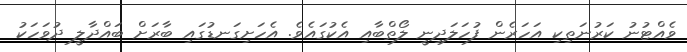
ވެއްޓުނު ކަރުނަތިކި އަހަރެން ފުހަލަދިނީ ލޯތްބާއި އެކުގައެވެ. އެހަށިގަނޑުގައި ބާރަށް ބައްދާލީ ދުވަހަކު